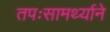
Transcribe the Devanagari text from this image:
तपःसामर्थ्याने